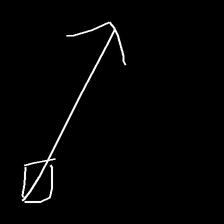
Glyph: focus